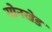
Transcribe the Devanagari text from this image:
सोनखेड